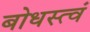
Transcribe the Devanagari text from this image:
बोधस्त्वं